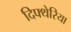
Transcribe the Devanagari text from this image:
दिफ्थेरिया